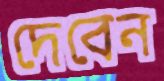
দেবেন